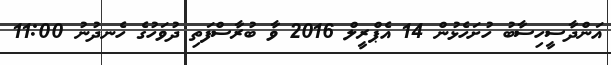
އަންދާސީހިސާބު ހުށަހެޅުން 14 އެޕްރީލް 2016 ވާ ބުރާސްފަތި ދުވަހުގެ ހެނދުނު 11:00